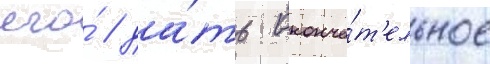
его́ / да́ть оконча́т'ельное